Civil Veterinary Dept. Assam report 1927-50 - 1927-1950
Year: 1927
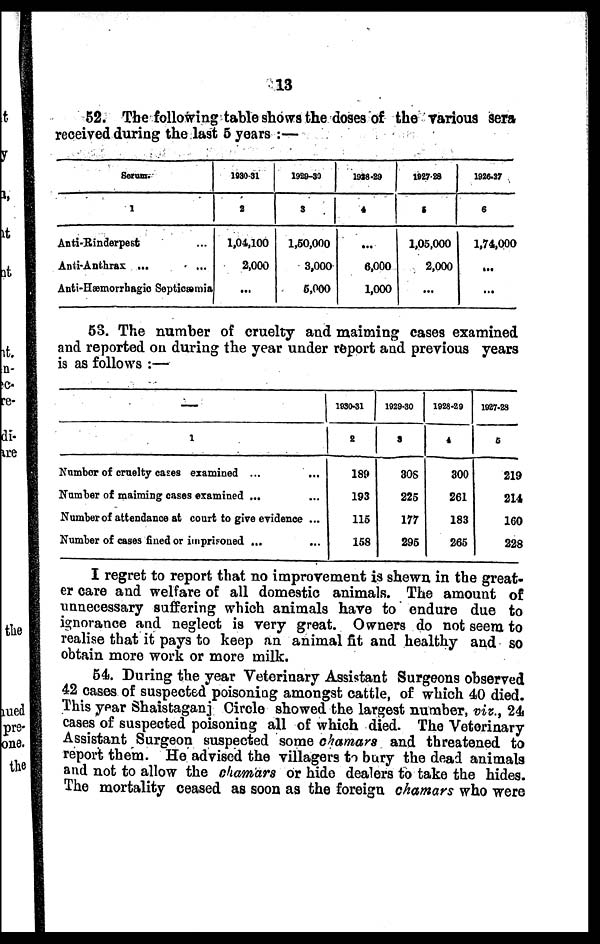
13
52. The following table shows the doses of the various sera
received during the last 5 years :—
Serum.
1
Anti-Rinderpest ...
Anti-Anthrax ...
Anti-Hæmorrhagic Septicæmia
1930-31
2
1,04,100
2,000
...
1929-30
3
1,60,000
3,000
5,000
1928-29
4
...
6,000
1,000
1927-28
5
1,06,000
2,000
...
1926-27
6
1,74,000
...
...
53. The number of cruelty and maiming cases examined
and reported on during the year under report and previous years
is as follows :—
—
1
Number of cruelty cases examined ...
Number of maiming cases examined ...
Number of attendance at court to give evidence ...
Number of cases fined or imprisoned ...
1930-31
2
189
193
115
158
1929-30
3
308
226
177
296
1928-29
4
300
261
183
265
1927-28
5
219
214
160
228
I regret to report that no improvement is shewn in the great-
er care and welfare of all domestic animals. The amount of
unnecessary suffering which animals have to endure due to
ignorance and neglect is very great. Owners do not seem to
realise that it pays to keep an animal fit and healthy and so
obtain more work or more milk.
54. During the year Veterinary Assistant Surgeons observed
42 cases of suspected poisoning amongst cattle, of which 40 died.
This year Shaistaganj Circle showed the largest number, viz., 24
cases of suspected poisoning all of which died. The Veterinary
Assistant Surgeon suspected some chamars and threatened to
report them. He advised the villagers to bury the dead animals
and not to allow the chamars or hide dealers to take the hides.
The mortality ceased as soon as the foreign chamars who were